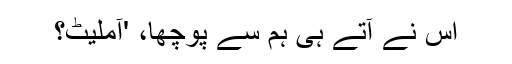
اس نے آتے ہی ہم سے پوچھا، 'آملیٹ؟